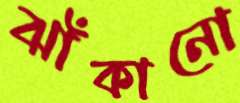
ঝাঁকানো